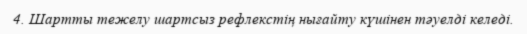
4. Шартты тежелу шартсыз рефлекстің нығайту күшінен тәуелді келеді.